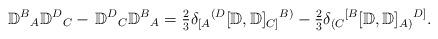
LaTeX: \begin{align*}{\mathbb D}^{B}{}_{A}{\mathbb D}^{D}{}_{C} - \,{\mathbb D}^{D}{}_{C}{\mathbb D}^{B}{}_{A}=\tfrac{2}{3}\delta_{[A}{}^{(D}[{\mathbb D},{\mathbb D}]_{C]}{}^{B)}-\tfrac{2}{3}\delta_{(C}{}^{[B}[{\mathbb D},{\mathbb D}]_{A)}{}^{D]} .\end{align*}